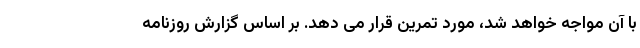
با آن مواجه خواهد شد، مورد تمرین قرار می دهد. بر اساس گزارش روزنامه